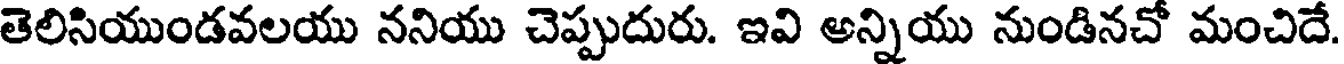
తెలిసియుండవలయు ననియు చెప్పుదురు. ఇవి అన్నియు నుండినచో మంచిదే